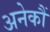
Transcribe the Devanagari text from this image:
अनेकौं